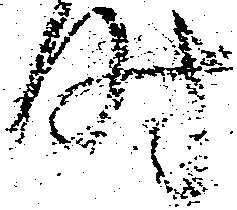
時